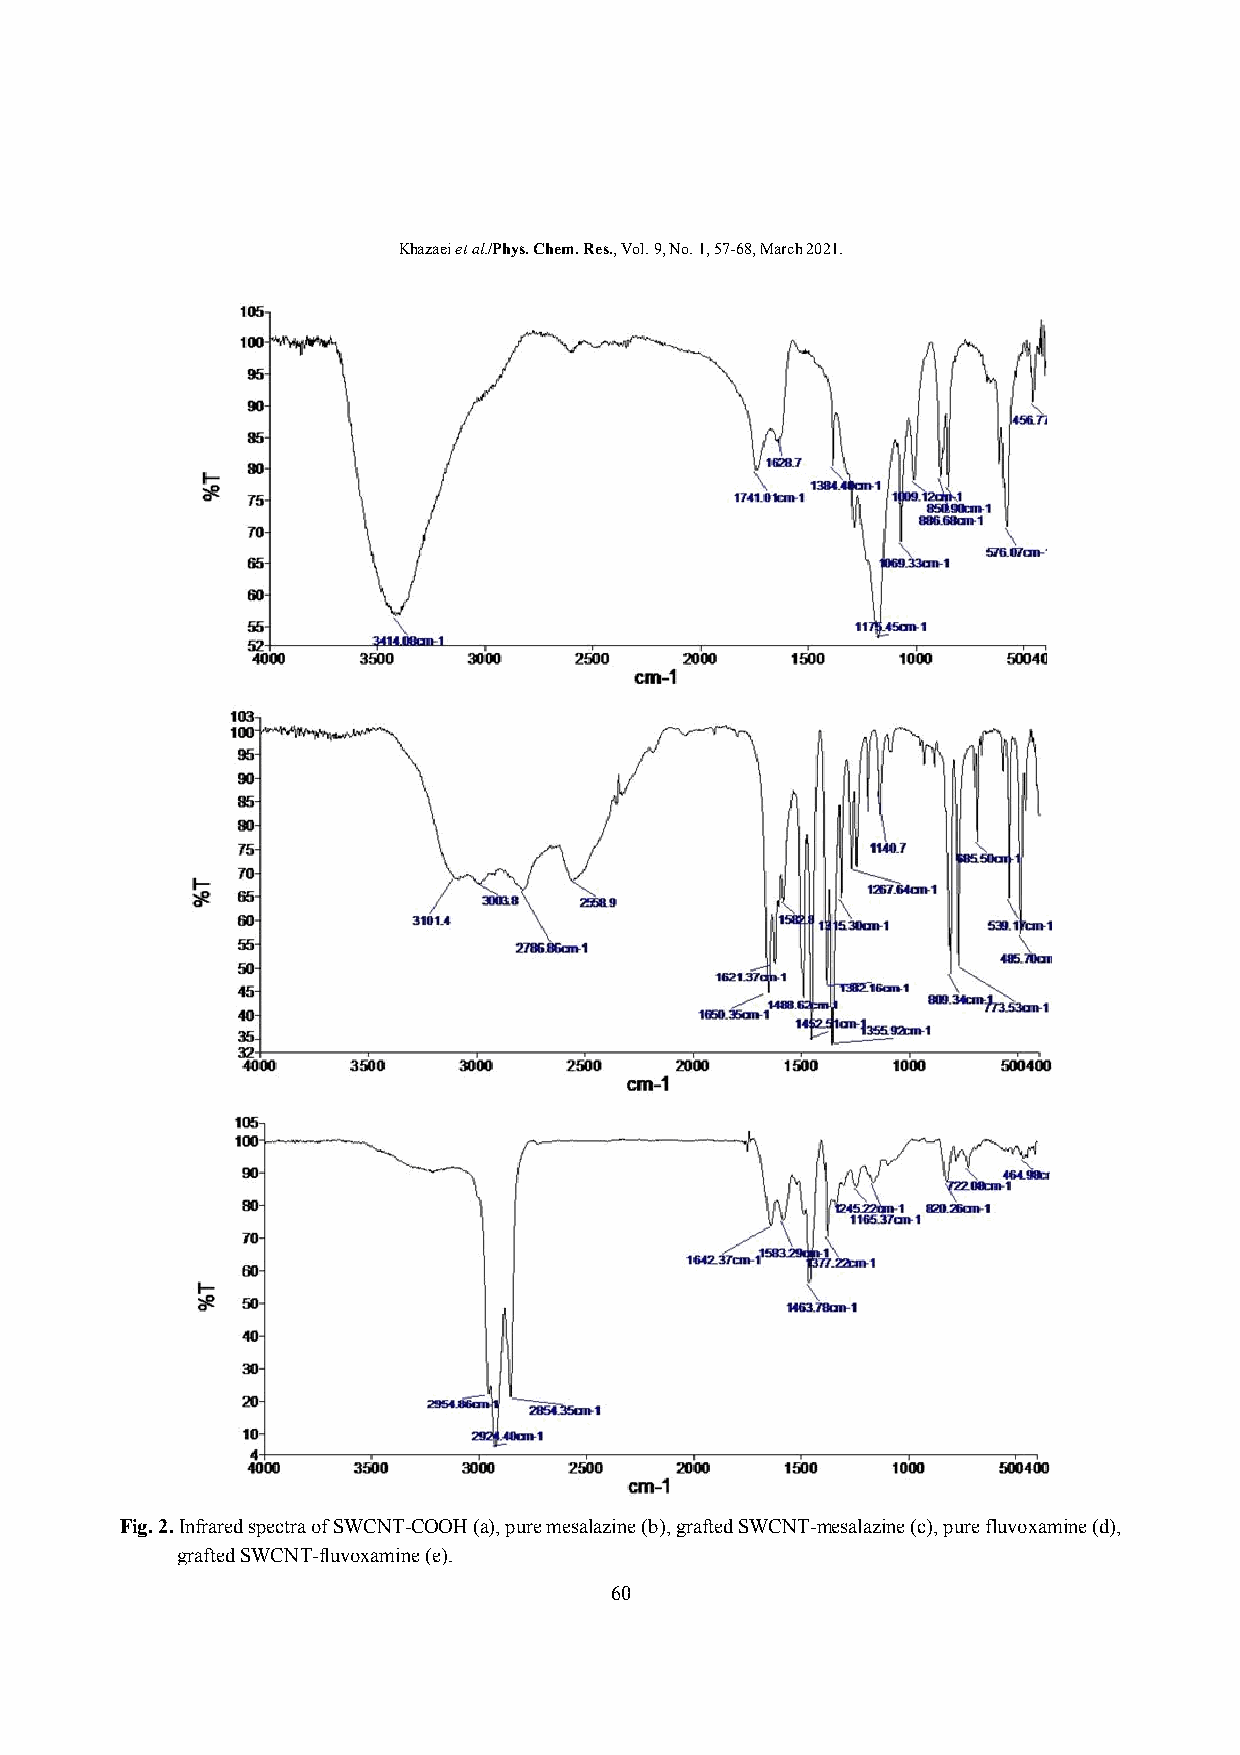
Khazaei et al./Phys. Chem. Res., Vol. 9, No. 1, 57-68, March 2021.
 Fig. 2. Infrared spectra of SWCNT-COOH (a), pure mesalazine (b), grafted SWCNT-mesalazine (c), pure fluvoxamine (d),
 grafted SWCNT-fluvoxamine (e).
 60